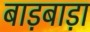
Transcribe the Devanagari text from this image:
बाड़बाड़ा